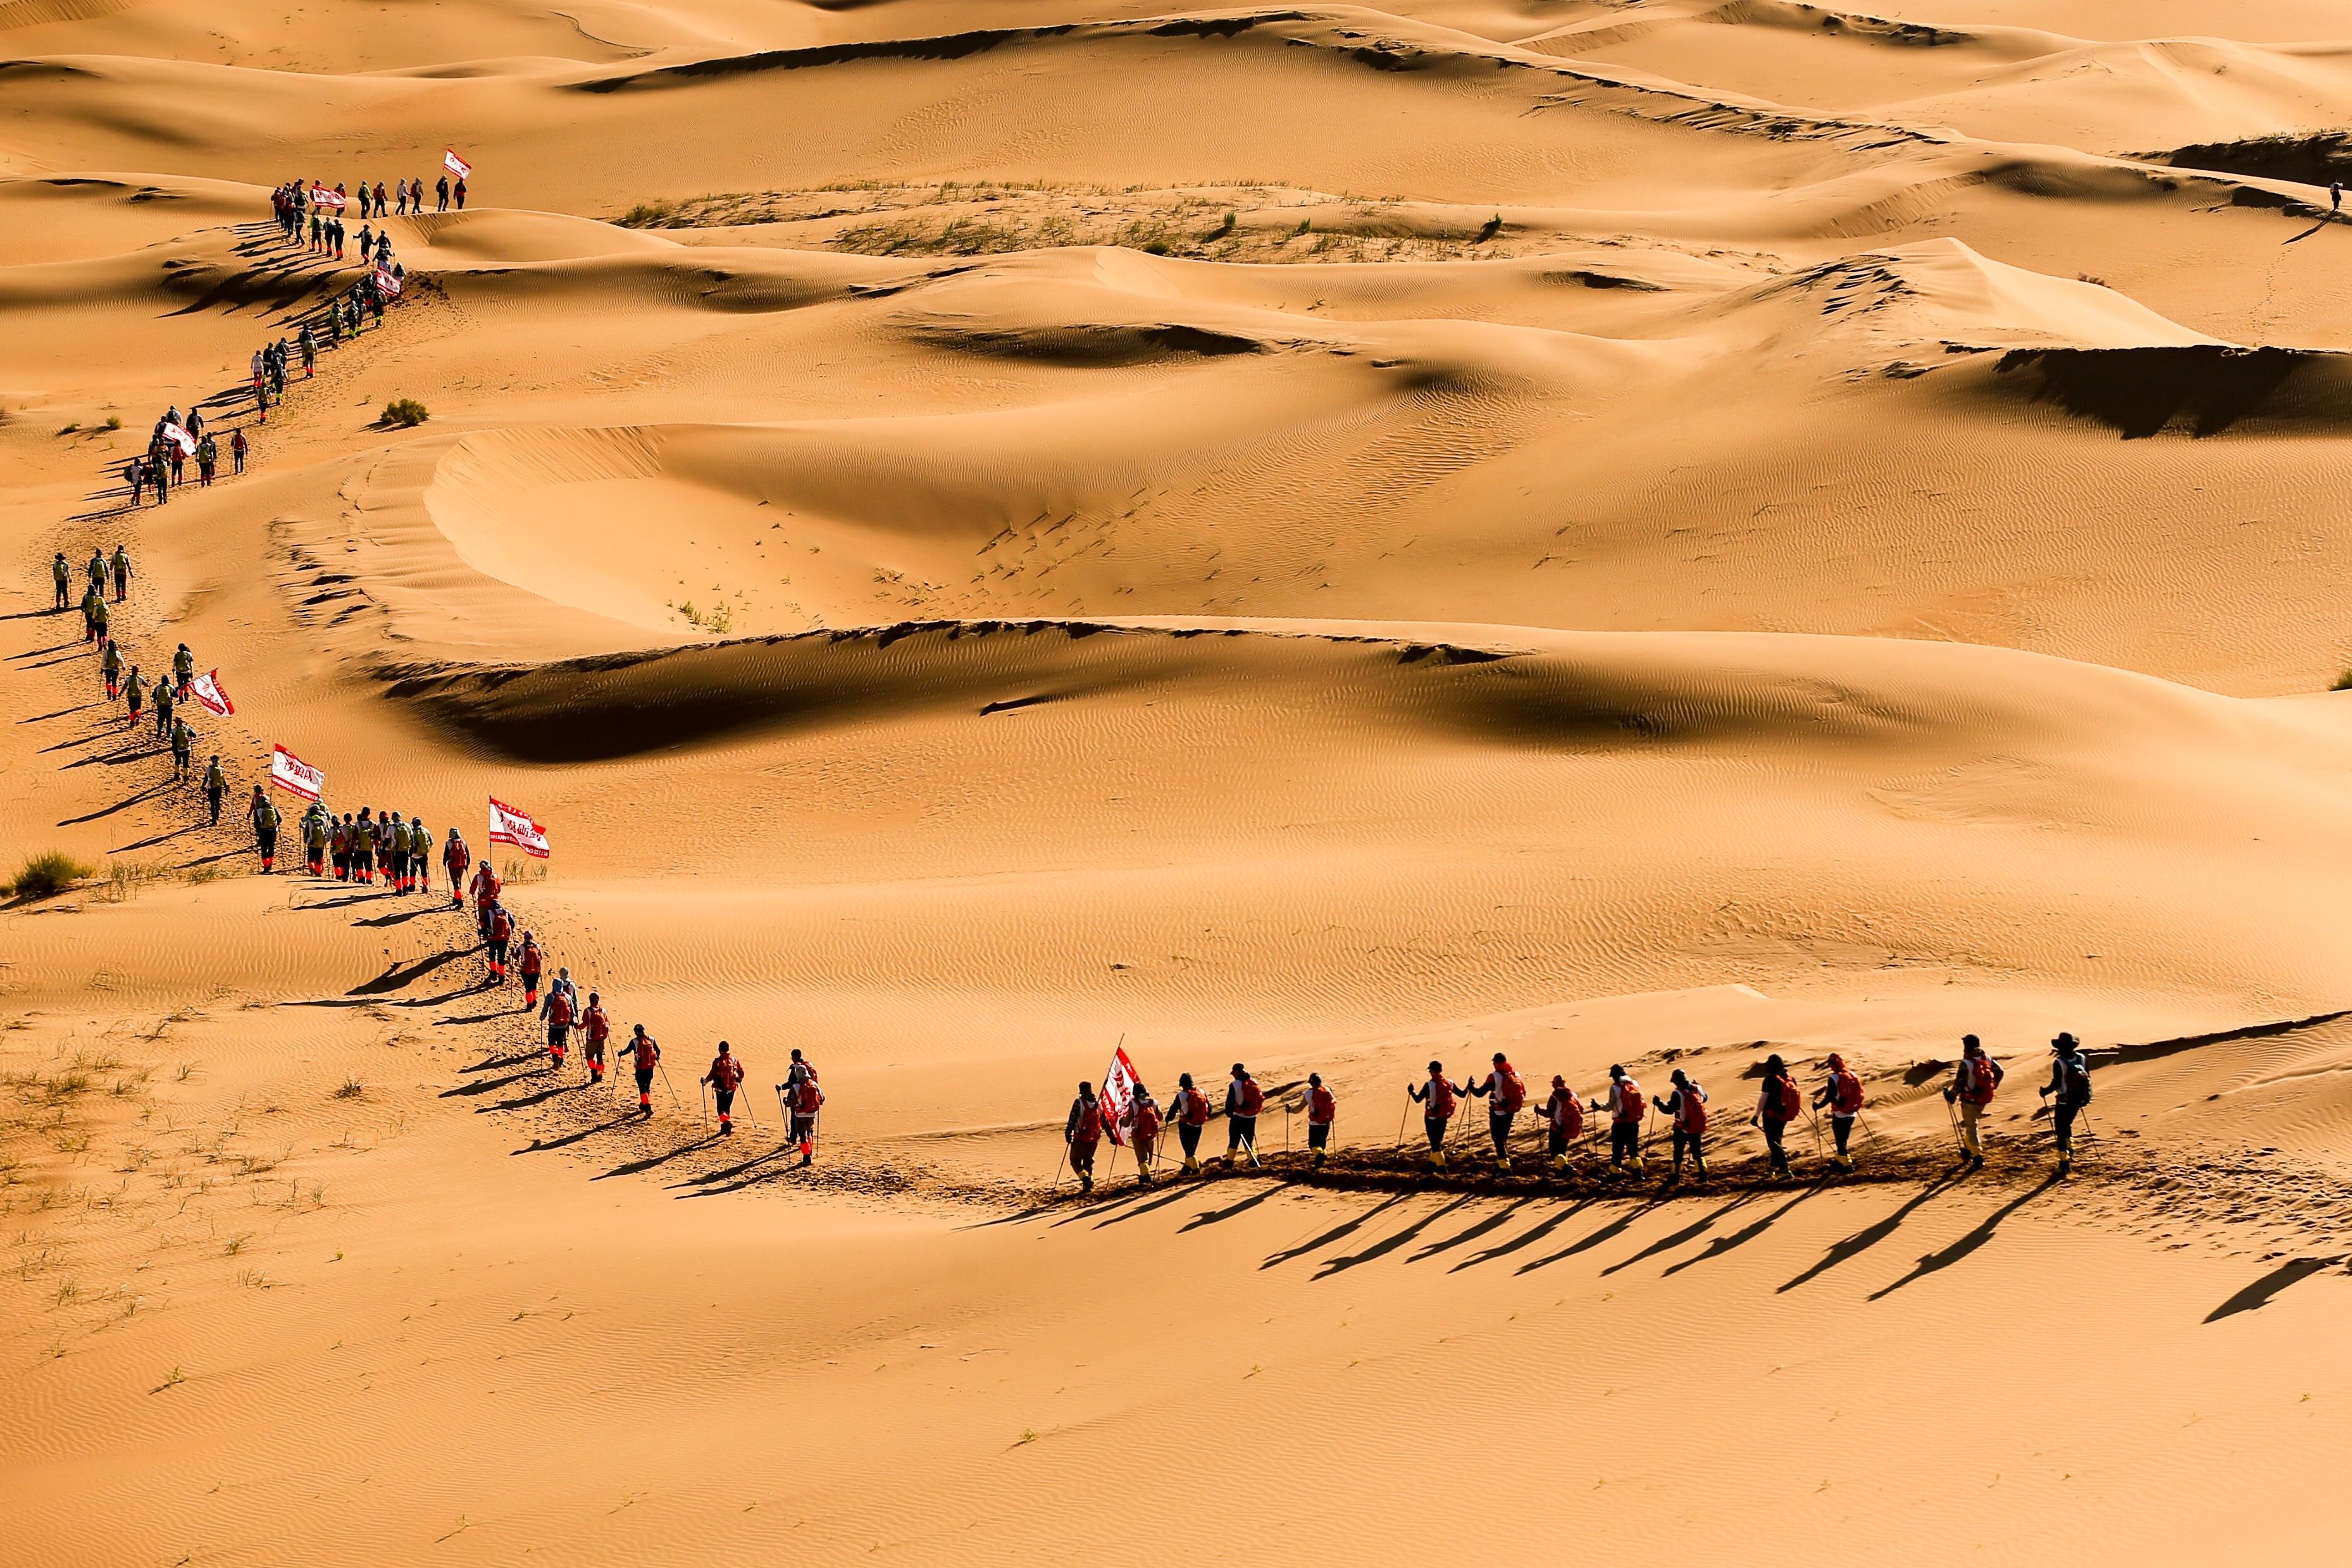
几度东风吹世换，千年往事随潮去。